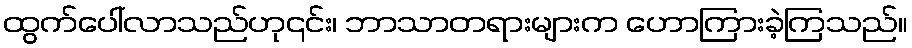
ထွက်ပေါ်လာသည်ဟု၎င်း၊ ဘာသာတရားများက ဟောကြားခဲ့ကြသည်။